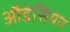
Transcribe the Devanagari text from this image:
औडेसियन